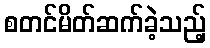
စတင်မိတ်ဆက်ခဲ့သည့်